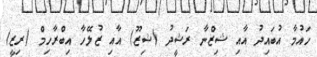
ހައުމާ އުބައިދު އާއި ޝިޒްނާ ރަޝީދު (ޝިޒޫ) އާއި ޒުލޭހާ އިބްރާހިމް (ރިޒީ)